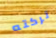
تركته